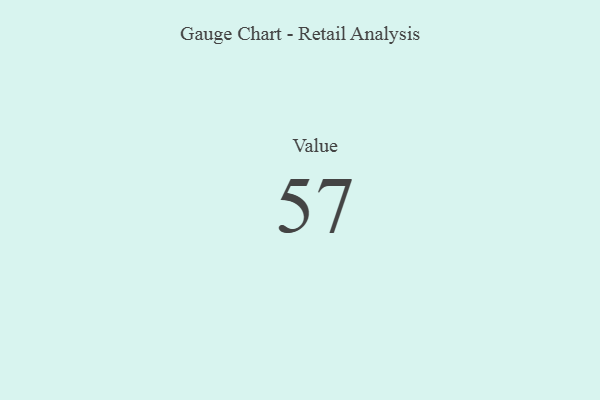
{"axis": {"x": "Metric", "y": "Value"}, "legend": [""], "data": [{"x": "Value", "y": 57, "type": ""}]}